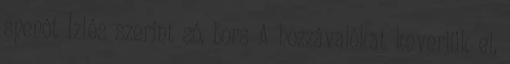
spenót Ízlés szerint só, bors A hozzávalókat keverjük el,